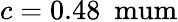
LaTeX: c=0.48~\mathrm{\ mum}